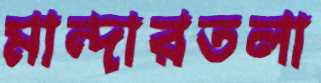
মান্দারতলা